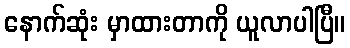
နောက်ဆုံး မှာထားတာကို ယူလာပါပြီ။